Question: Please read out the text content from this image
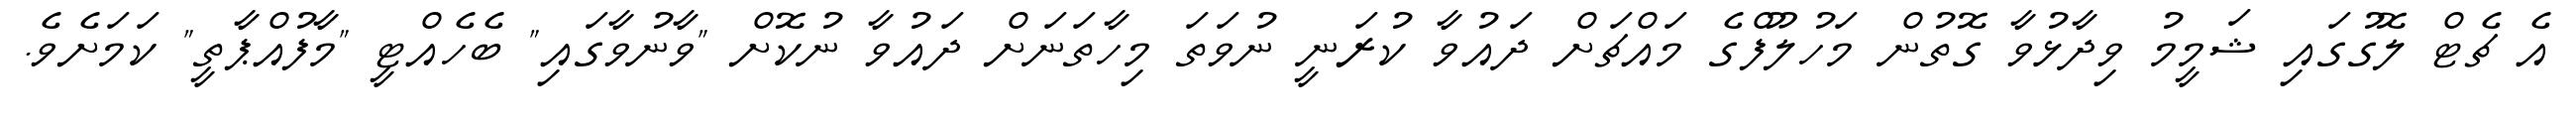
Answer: އެ ޗެޓް ލޮގުގައި ޝަމީމު ވިދާޅުވާ ގޮތުން މަހުލޫފްގެ މައްޗަށް ދައުވާ ކުރަނީ ނުވަތަ މިހާތަނަށް ދައުވާ ނުކޮށް "ވާނުވާގައި" ބެހެއްޓީ "މާފުއްޕާތީ" ކަމަށެވެ.